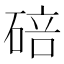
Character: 碚